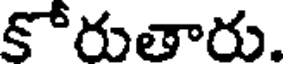
కోరుతారు.